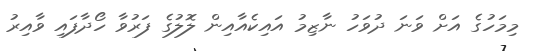
މިމަހުގެ އަށް ވަނަ ދުވަހު ނާޒިމު އައިކެއާއިން ލޮލުގެ ފަރުވާ ހޯދާފައި ވާއިރު